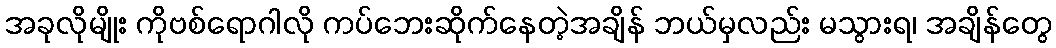
အခုလိုမျိုး ကိုဗစ်ရောဂါလို ကပ်ဘေးဆိုက်နေတဲ့အချိန် ဘယ်မှလည်း မသွားရ၊ အချိန်တွေ